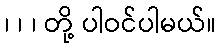
၊ ၊ ၊ တို့ ပါဝင်ပါမယ်။